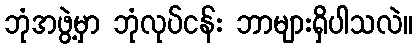
ဘုံအဖွဲ့မှာ ဘုံလုပ်ငန်း ဘာများရှိပါသလဲ။